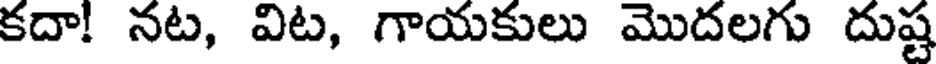
కదా! నట, విట, గాయకులు మొదలగు దుష్ట